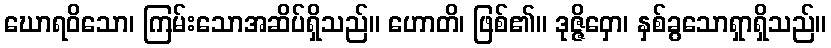
ဃောရဝိသော၊ ကြမ်းသောအဆိပ်ရှိသည်။ ဟောတိ၊ ဖြစ်၏။ ဒုဇ္ဇိဝှော၊ နှစ်ခွသောရှာရှိသည်။